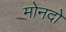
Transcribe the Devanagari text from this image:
मोनदो